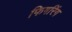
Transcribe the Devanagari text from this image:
फिगरिंग